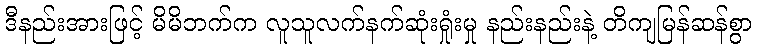
ဒီနည်းအားဖြင့် မိမိဘက်က လူသူလက်နက်ဆုံးရှုံးမှု နည်းနည်းနဲ့ တိကျမြန်ဆန်စွာ